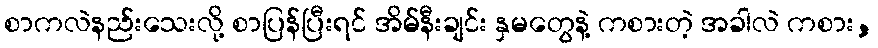
စာကလဲနည်းသေးလို့ စာပြန်ပြီးရင် အိမ်နီးချင်း နှမတွေနဲ့ ကစားတဲ့ အခါလဲ ကစား,